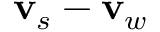
{ \bf v } _ { s } - { \bf v } _ { w }